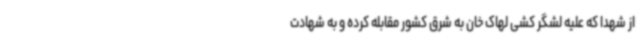
از شهدا که علیه لشگر کشی لهاک خان به شرق کشور مقابله کرده و به شهادت